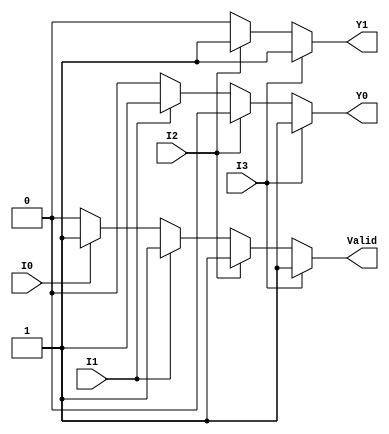
module priority_encoder_4to2 (
    input wire I0,  // Input 0 (Lowest priority)
    input wire I1,  // Input 1
    input wire I2,  // Input 2
    input wire I3,  // Input 3 (Highest priority)
    output reg Y1,  // Output bit 1
    output reg Y0,  // Output bit 0
    output reg Valid // Valid output
);

always @(*) begin
    // Default outputs
    Y1 = 1'b0;
    Y0 = 1'b0;
    Valid = 1'b0;

    // Check for the highest priority active input
    if (I3) begin
        Y1 = 1'b1; // Y1Y0 = 11
        Y0 = 1'b1;
        Valid = 1'b1;
    end else if (I2) begin
        Y1 = 1'b1; // Y1Y0 = 10
        Y0 = 1'b0;
        Valid = 1'b1;
    end else if (I1) begin
        Y1 = 1'b0; // Y1Y0 = 01
        Y0 = 1'b1;
        Valid = 1'b1;
    end else if (I0) begin
        Y1 = 1'b0; // Y1Y0 = 00
        Y0 = 1'b0;
        Valid = 1'b1;
    end else begin
        // If no inputs are active, Valid remains 0
        Valid = 1'b0;
    end
end

endmodule